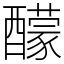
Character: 䤓